Indian journal of veterinary science and animal husbandry - Volumes 15-17, 1948-1951
Year: 1948
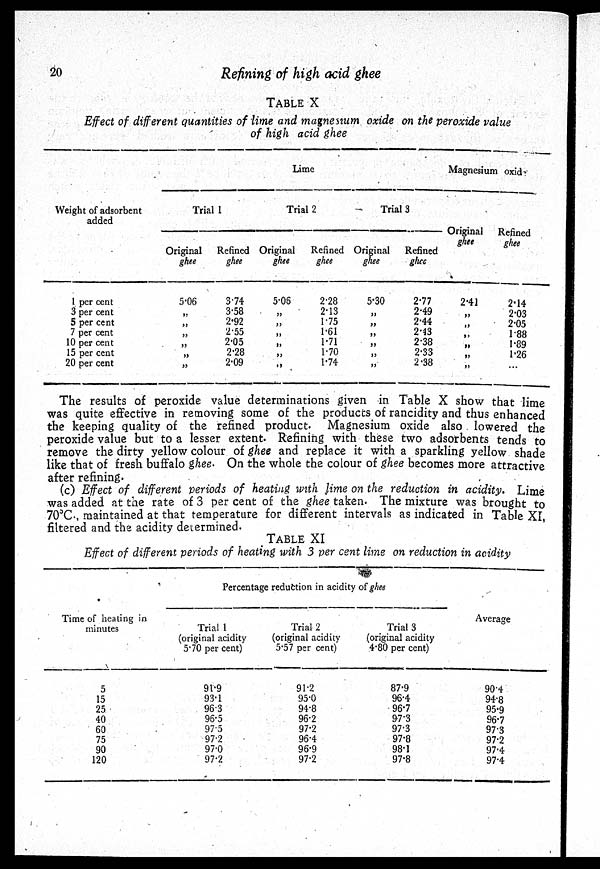
20
Refining of high acid ghee
TABLE X
Effect of different quantities of lime and magnesium oxide on the peroxide value
of high acid ghee
Weight of adsorbent
added
Lime
Trial 1
Original
ghee
Refined
ghee
Trial 2
Original
ghee
Refined
ghee
Trial 3
Original
ghee
Refined
ghee
Magnesium oxid
Original
ghee
Refined
ghee
1 per cent
3 per cent
5 per cent
7 per cent
10 per cent
15 per cent
20 per cent
5.06
„
„
„
„
„
„
3.74
3.58
2.92
2.55
2.05
2.28
2.09
5.06
„
„
„
„
„
„
2.28
2.13
1.75
1.61
1.71
1.70
1.74
5.30
„
„
„
„
„
„
2.77
2.49
2.44
2.43
2.38
2.33
2.38
2.41
„
„
„
„
„
„
2.14
2.03
2.05
1.88
1.89
1.26
...
The results of peroxide value determinations given in Table X show that lime
was quite effective in removing some of the products of rancidity and thus enhanced
the keeping quality of the refined product. Magnesium oxide also lowered the
peroxide value but to a lesser extent. Refining with these two adsorbents tends to
remove the dirty yellow colour of ghee and replace it with a sparkling yellow shade
like that of fresh buffalo ghee. On the whole the colour of ghee becomes more attractive
after refining.
(c) Effect of different periods of heating with lime on the reduction in acidity. Lime
was added at the rate of 3 per cent of the ghee taken. The mixture was brought to
70°C., maintained at that temperature for different intervals as indicated in Table XI,
filtered and the acidity determined.
TABLE XI
Effect of different periods of heating with 3 per cent lime on reduction in acidity
Time of heating in
minutes
5
15
25
40
60
75
90
120
Percentage reduction in acidity of ghee
Trial 1
(original acidity
5.70 per cent)
91.9
93.1
96.3
96.5
97.5
97.2
97.0
97.2
Trial 2
(original acidity
5.57 per cent)
91.2
95.0
94.8
96.2
97.2
96.4
96.9
97.2
Trial 3
(original acidity
4.80 per cent)
87.9
96.4
96.7
97.3
97.3
97.8
98.1
97.8
Average
90.4
94.8
95.9
96.7
97.3
97.2
97.4
97.4